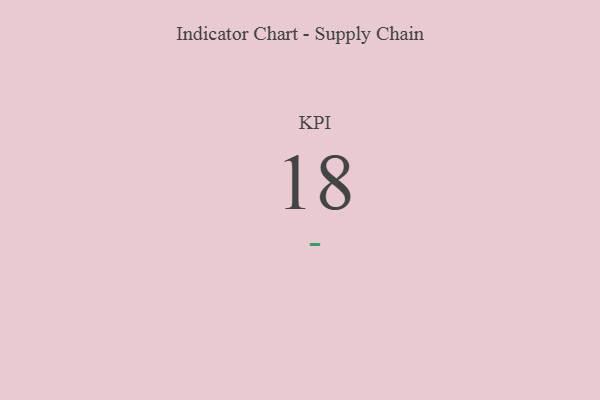
{"axis": {"x": "KPI", "y": "Value"}, "legend": [""], "data": [{"x": "KPI", "y": 18, "type": ""}]}